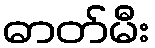
ဓာတ်မီး